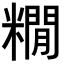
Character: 𮇻